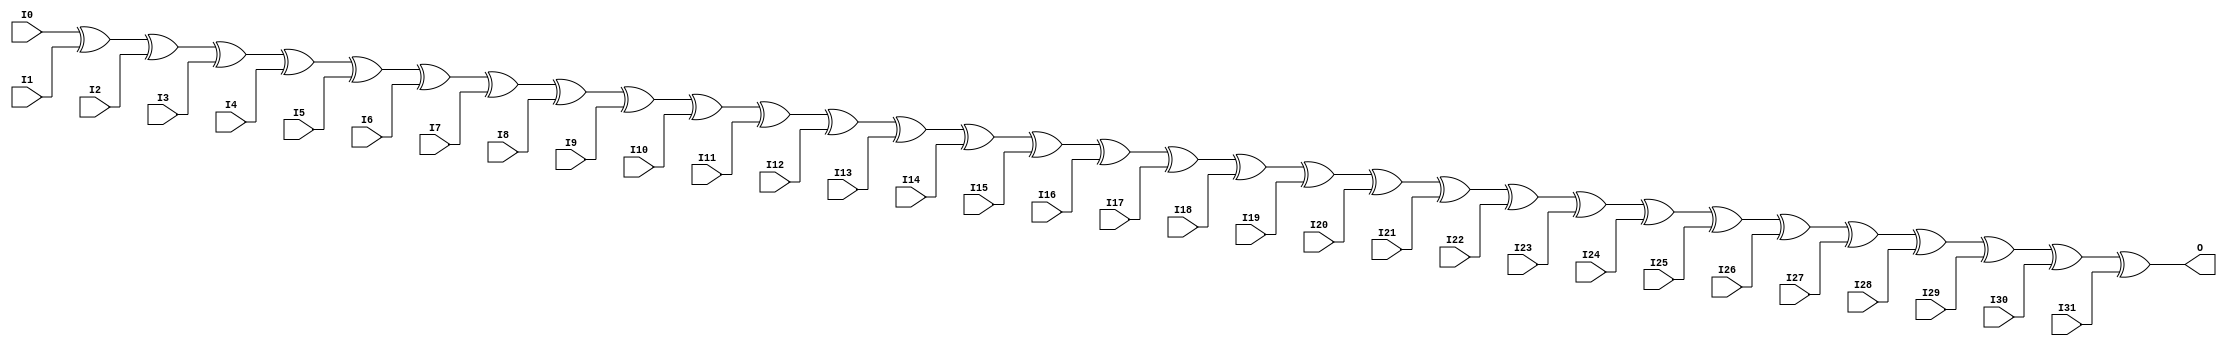
//    Xilinx Proprietary Primitive Cell X_XOR32 for Verilog
//
// $Header: /devl/xcs/repo/env/Databases/CAEInterfaces/verplex_libs/data/simprims/X_XOR32.v,v 1.3.198.3 2004/09/28 20:47:46 wloo Exp $
//

`celldefine
`timescale 1 ps/1 ps

module X_XOR32 (O, I0, I1, I2, I3, I4, I5, I6, I7,
                I8, I9, I10, I11, I12, I13, I14, I15,
                I16, I17, I18, I19, I20, I21, I22, I23,
                I24, I25, I26, I27, I28, I29, I30, I31);

  output O;
  input I0, I1, I2, I3, I4, I5, I6, I7,
        I8, I9, I10, I11, I12, I13, I14, I15,
        I16, I17, I18, I19, I20, I21, I22, I23,
        I24, I25, I26, I27, I28, I29, I30, I31;

  xor (O, I0, I1, I2, I3, I4, I5, I6, I7,
       I8, I9, I10, I11, I12, I13, I14, I15,
       I16, I17, I18, I19, I20, I21, I22, I23,
       I24, I25, I26, I27, I28, I29, I30, I31);

endmodule